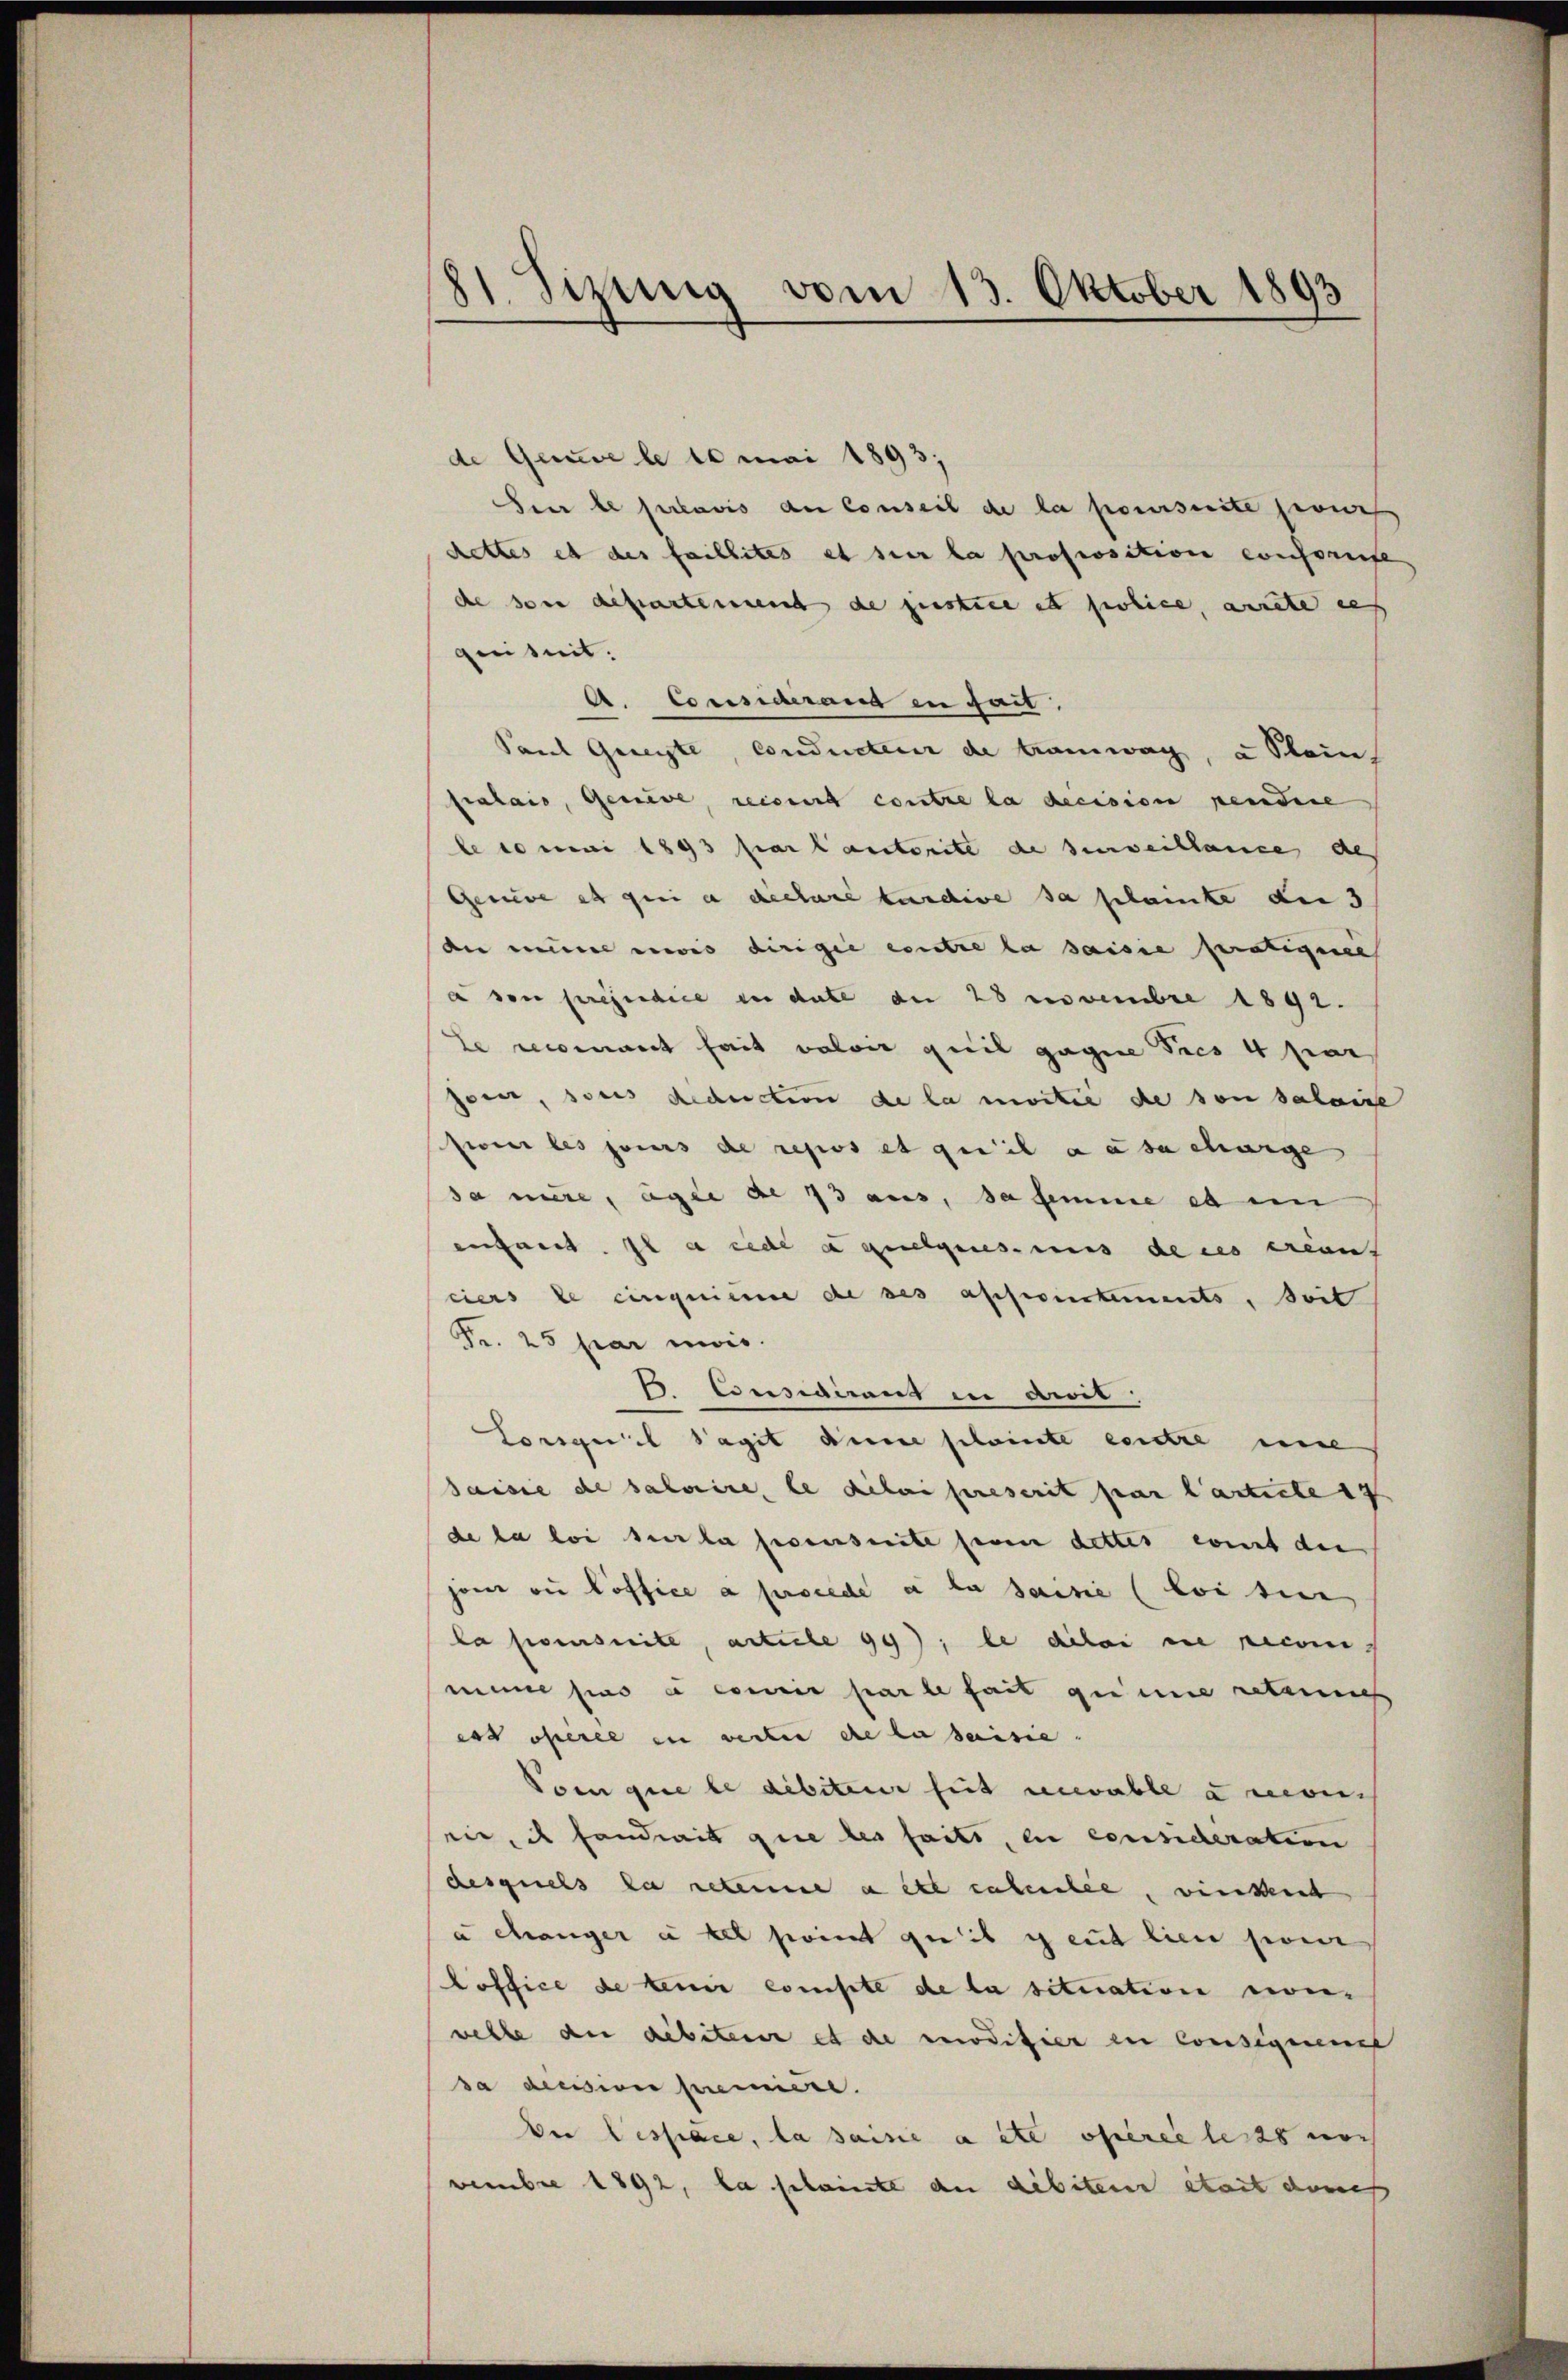
2
dt. Sizung vom 13. Oktober 1893

de Gauve le 10 mai 1893;
Heer le surlavis an Conseil de la poursuite pour
dettes et des faillites et sur la proposition constaufe
de son departement de justice et police, ansehe aus
quisit.
A. Considerang in fait.
Paul Gereite, Conducteur de tramwag, u Stein
fralais, Geniere, reint contre la decision pendire
le 10 mai 1893 par lautorite de surveillance des
Genere es geri a declare kundige sa plante der 3
die eine eis dirigie eintre la saisie pratiquer
a von préjudice in date an 28 Novembre 1892.
Le reconnant fait valoir quil gagire Tees 4 par
serer, sons Reduction de la moitié de von solange
sieur les jours de repos et qu’il a a sa charge
da mite, agie de 13 aus, sa femme es in
enfant. Il a rede a quelques-uns de ces ereins
ciers le cinquieme de ses apperintements, teil
Fr. 25 par mois.
 Considirend in drit
Lorsquel Sagit dem scheinte eintre eine
saisie de saloire, le delei prescrit par l’article 17
de la loi sur la fecensuite seien dettes eint die
jene ou loffice a procede à la saisie (loisier
la poursuite, article 99); le dilai die recon
mine sie a consis par le fait eine reten
es oberee in weiter de la saisie.
Vom que le débiteur seit recevable & neben
sein, ich fandrait que des faits, en consideration
desquchs la retenene a etc enseille, wirkennt
a changer à tit point zu ib geut lien sin
Loffice de tenir compte de la situation non-
welle der débiteur et de modifier in Consignen
da decision prennere.
Der Vespace, la saisie a etc operce leits nach
veembre 1892, la scheinte an debiteur etwas durch